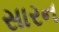
સારન